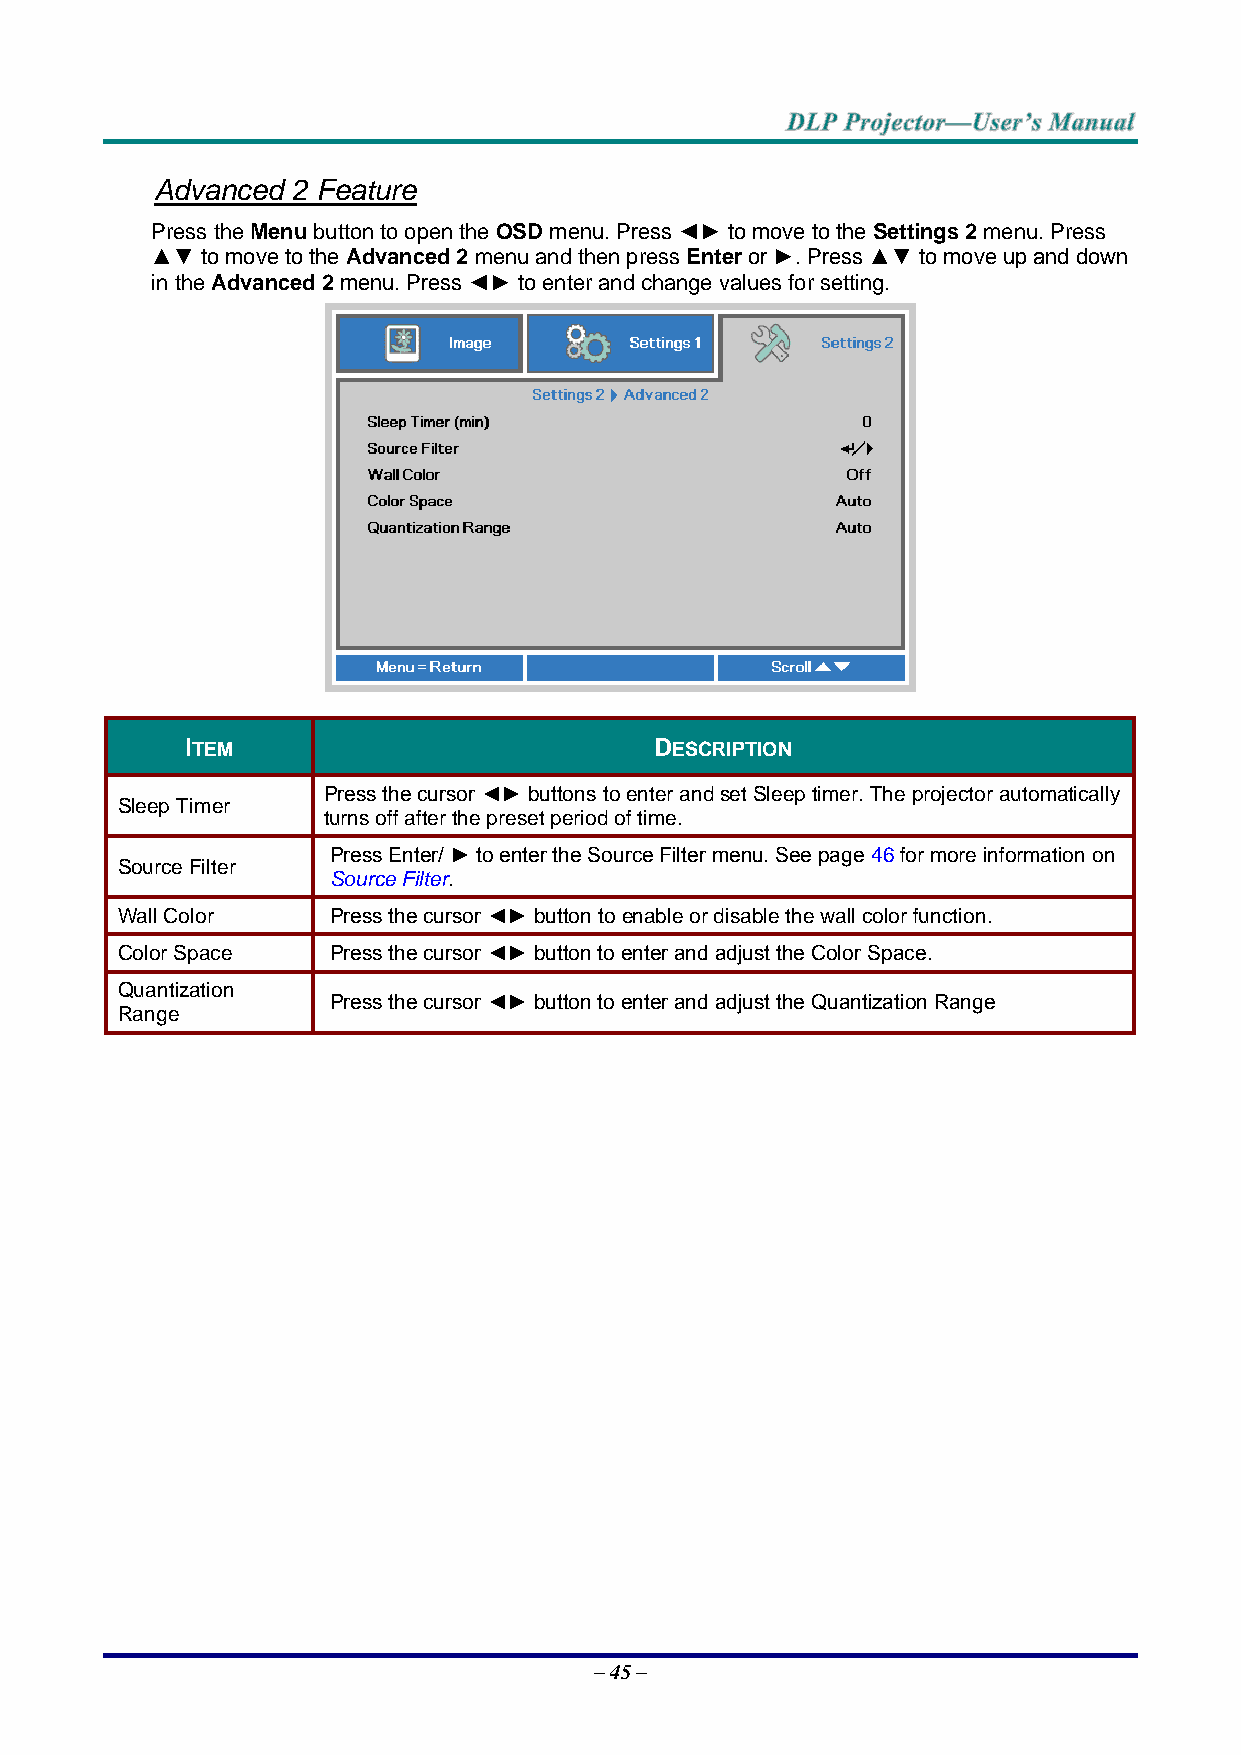
Advanced 2 Feature
 Press the Menu button to open the OSD menu. Press ◄► to move to the Settings 2 menu. Press
 ▲▼ to move to the Advanced 2 menu and then press Enter or ►. Press ▲▼ to move up and down
 in the Advanced 2 menu. Press ◄► to enter and change values for setting.
 ITEM                           DESCRIPTION
 Press the cursor ◄► buttons to enter and set Sleep timer. The projector automatically
 Sleep Timer
 turns off after the preset period of time.
 Press Enter/ ► to enter the Source Filter menu. See page 46 for more information on
 Source Filter
 Source Filter.
 Wall Color    Press the cursor ◄► button to enable or disable the wall color function.
 Color Space   Press the cursor ◄► button to enter and adjust the Color Space.
 Quantization
 Press the cursor ◄► button to enter and adjust the Quantization Range
 Range
 – 45 –